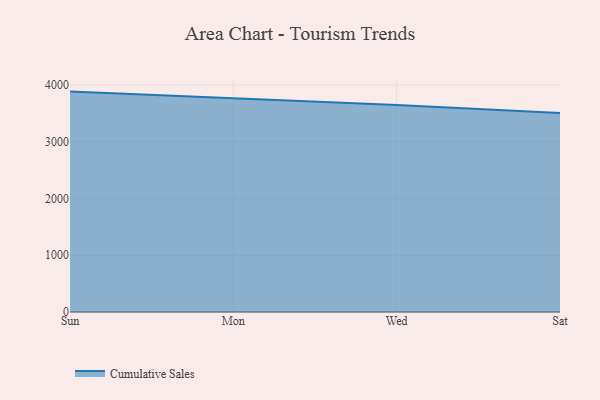
{"axis": {"x": "Day", "y": "Page Views"}, "legend": ["Cumulative Sales"], "data": [{"x": "Sun", "y": 3883.7, "type": "Cumulative Sales"}, {"x": "Mon", "y": 3770.5, "type": "Cumulative Sales"}, {"x": "Wed", "y": 3647.5, "type": "Cumulative Sales"}, {"x": "Sat", "y": 3505.7, "type": "Cumulative Sales"}]}